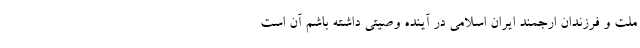
ملت و فرزندان ارجمند ایران اسلامی در آینده وصیتی داشته باشم آن است